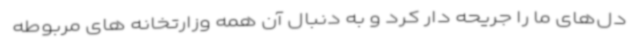
دل‌های ما را جریحه دار کرد و به دنبال آن همه وزارتخانه های مربوطه